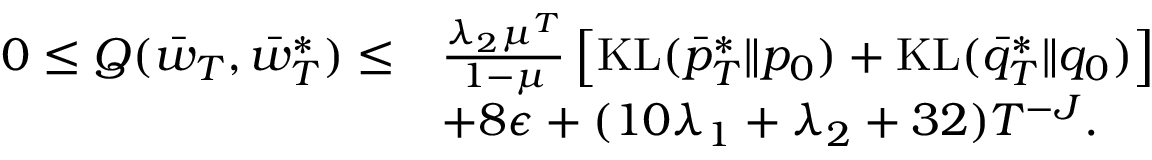
\begin{array} { r l } { 0 \leq Q ( \Bar { w } _ { T } , \bar { w } _ { T } ^ { * } ) \leq } & { \frac { \lambda _ { 2 } \mu ^ { T } } { 1 - \mu } \left[ \mathrm { K L } ( \bar { p } _ { T } ^ { * } \| p _ { 0 } ) + \mathrm { K L } ( \bar { q } _ { T } ^ { * } \| q _ { 0 } ) \right] } \\ & { + 8 \epsilon + ( 1 0 \lambda _ { 1 } + \lambda _ { 2 } + 3 2 ) T ^ { - J } . } \end{array}